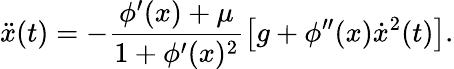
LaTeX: \ddot{x}(t)=-\frac{\phi^{\prime}(x)+\mu}{1+\phi^{\prime}(x)^{2}}\left[{g+\phi^{\prime\prime}(x)\dot{x}^{2}(t)}\right].